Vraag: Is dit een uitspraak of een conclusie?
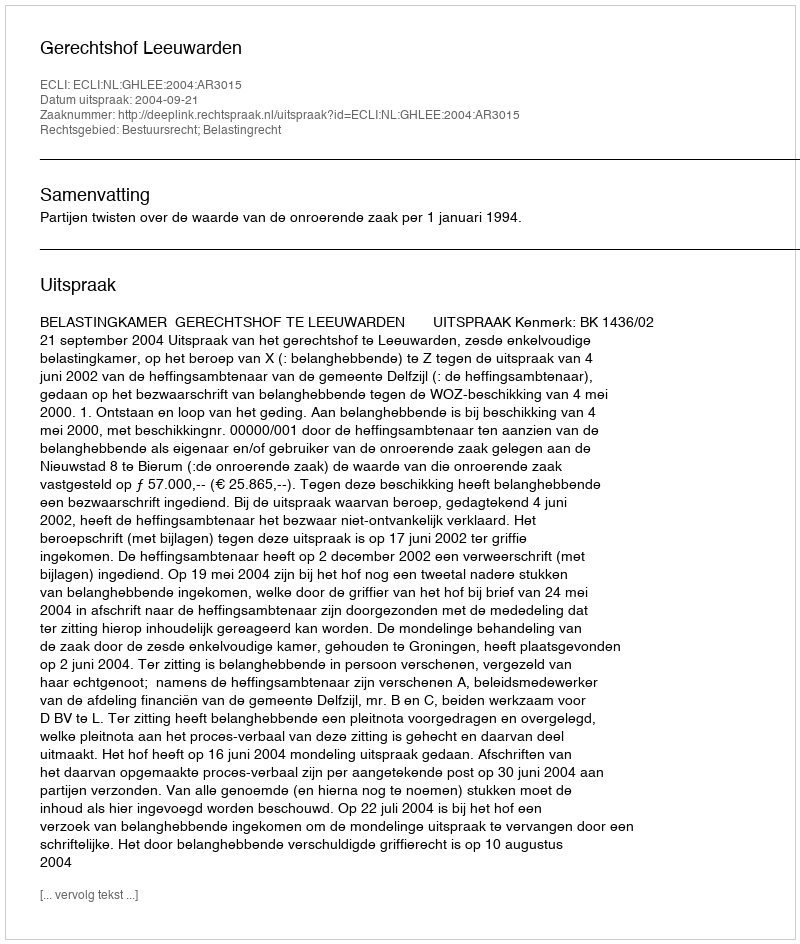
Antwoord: Uitspraak